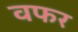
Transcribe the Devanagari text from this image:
वफर